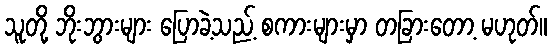
သူတို့ ဘိုးဘွားများ ပြောခဲ့သည့် စကားများမှာ တခြားတော့ မဟုတ်။